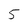
Character: 5